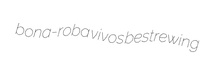
bona-roba vivos bestrewing